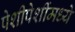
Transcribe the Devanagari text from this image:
पेशीपेशींमध्ये